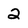
Character: 2